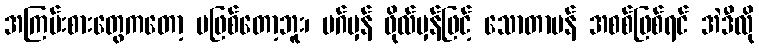
အကြမ်းစားတွေကတော့ မဖြစ်တော့ဘူး၊ မဂ်မှန် ဖိုလ်မှန်ဖြင့် သောတာပန် အစစ်ဖြစ်ရင် အဲဒီလို